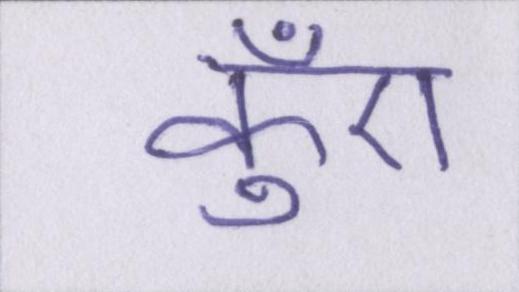
कुँए